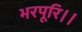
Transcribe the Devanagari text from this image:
भरपूरि।।